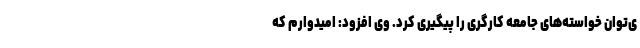
ی‌توان خواسته‌های جامعه کارگری را پیگیری کرد. وی افزود: امیدوارم که